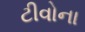
ટીવોના